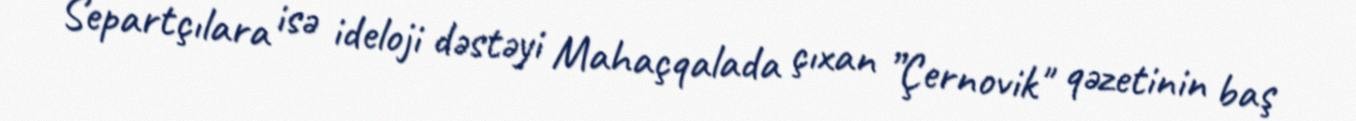
Separtçılara isə ideloji dəstəyi Mahaçqalada çıxan ”Çernovik" qəzetinin baş